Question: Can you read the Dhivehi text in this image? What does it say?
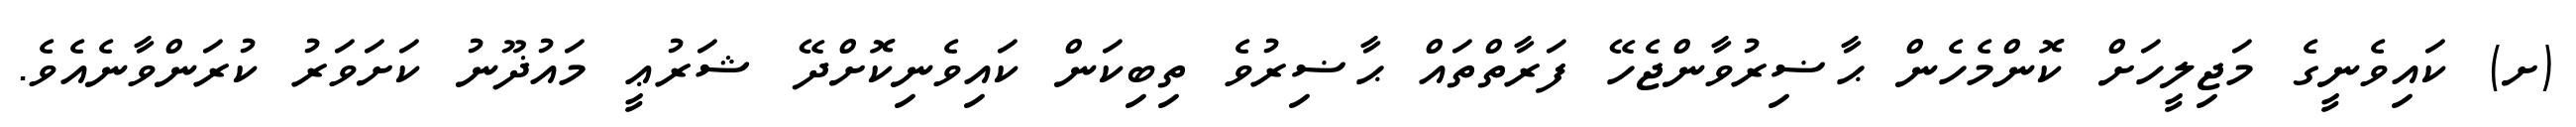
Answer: (ށ) ކައިވެނީގެ މަޖިލީހަށް ކޮންމެހެން ޙާޟިރުވާންޖެހޭ ފަރާތްތައް ޙާޟިރުވެ ތިބިކަން ކައިވެނިކޮށްދޭ ޝަރުޢީ މައުޛޫނު ކަށަވަރު ކުރަންވާނެއެވެ.